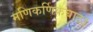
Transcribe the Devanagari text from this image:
मणिकर्णिकघाट।